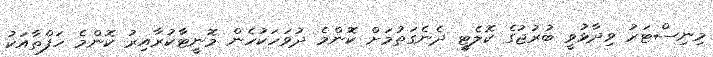
މިނިސްޓަރު ވިދާޅުވީ ބުރުޖުގެ ކޮލެޓީ ދެނެގަތުމަށް ކޮންމެ ދުވަހަކުހެން މޮނީޓާކުރާއިރު ކޮންމެ ހަފްތާއަކު